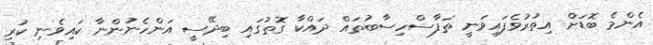
އެންމެ ބޮޑަށް އިތުރުވެފައިވަނީ ތަފާސްހިސާބުތައް ދައްކާ ގޮތުގައި ބިދޭސީ އަންހެނުންނާ ކައިވެނި ކުރި